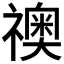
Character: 𥜌